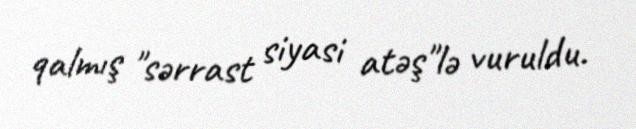
qalmış "sərrast siyasi atəş"lə vuruldu.